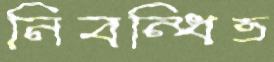
নিবন্ধিত